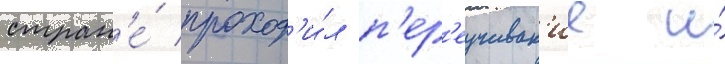
стран'е́ проход'и́л п'ер'еучиван'ие и́